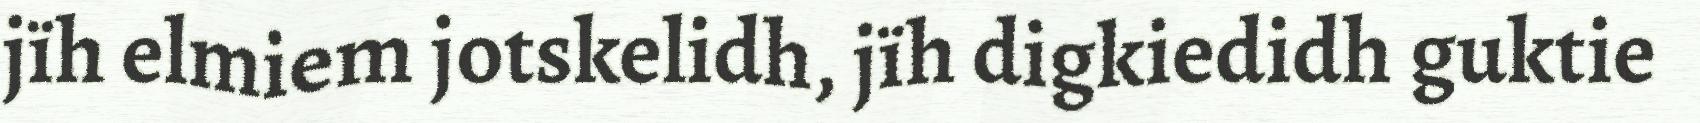
jïh elmiem jotskelidh, jïh digkiedidh guktie